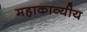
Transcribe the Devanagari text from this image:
महाकाव्यीय